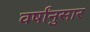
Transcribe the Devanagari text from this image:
वर्षांनुसार